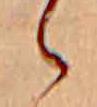
ら